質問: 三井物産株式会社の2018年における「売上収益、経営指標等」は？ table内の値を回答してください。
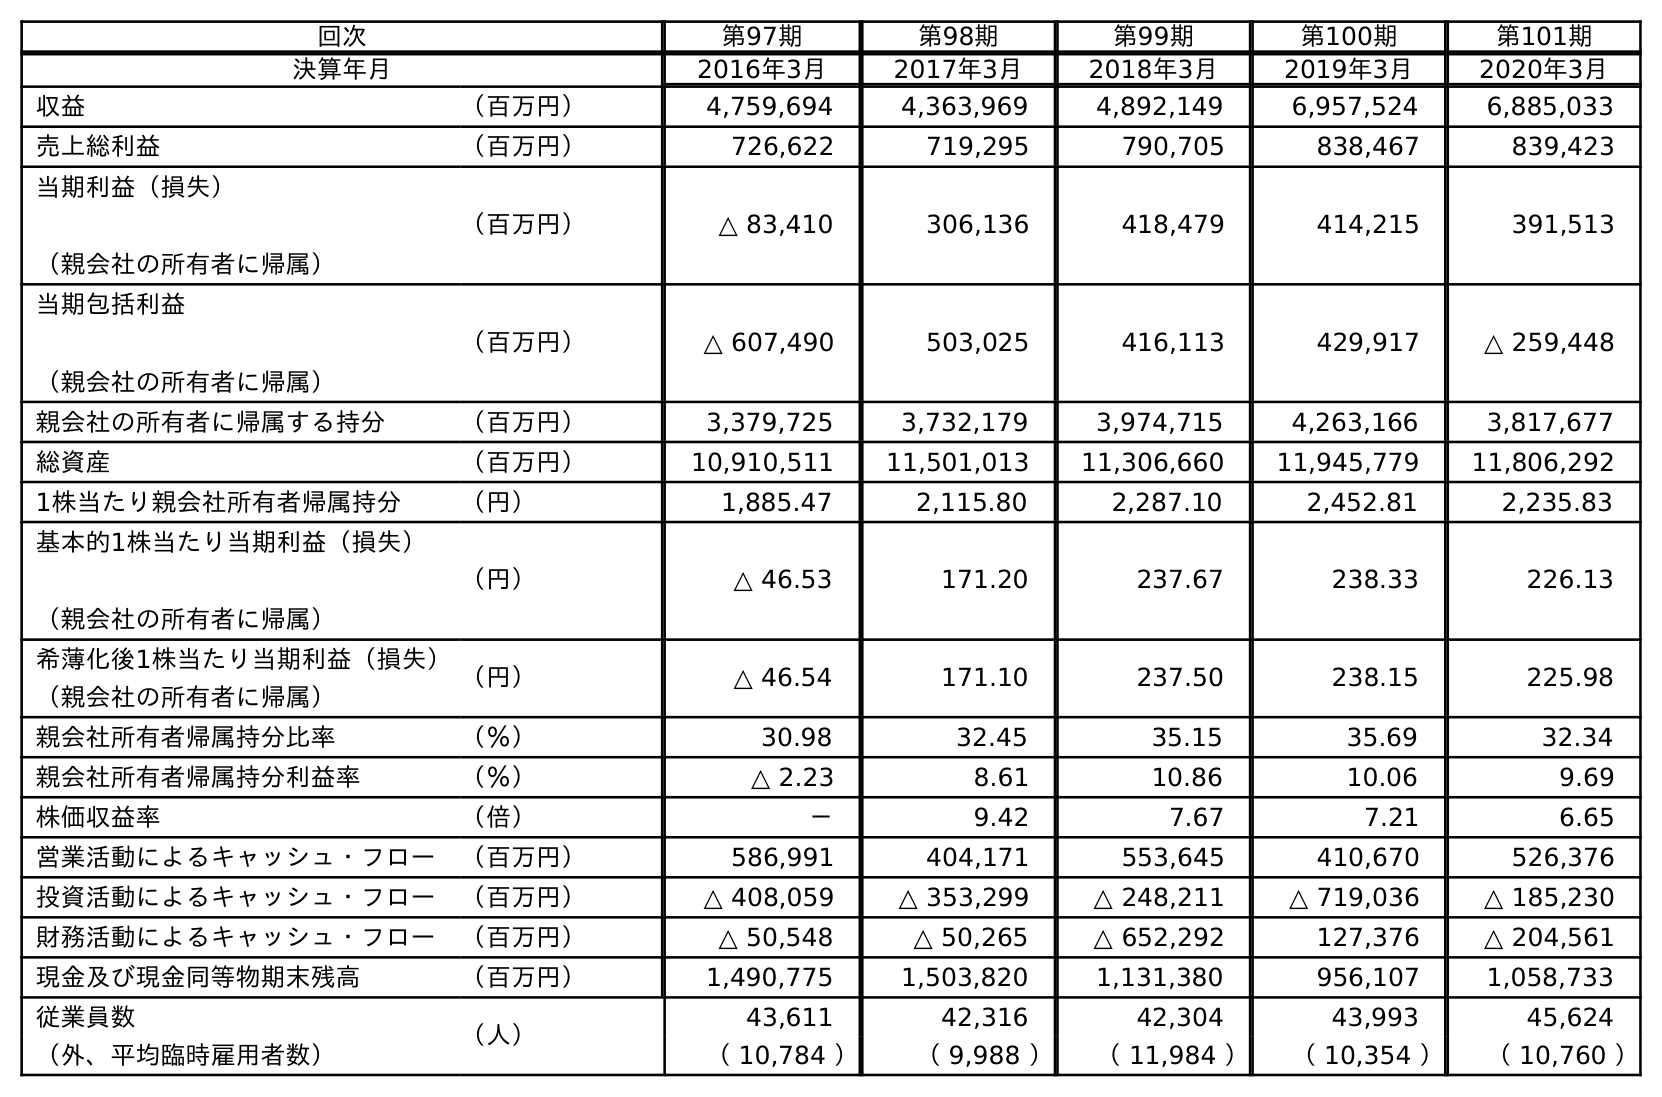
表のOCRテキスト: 回次 第97期 第98期 第99期 第100期 第101期 決算年月 2016年3月 2017年3月 2018年3月 2019年3月 2020年3月 収益 （百万円） 4,759,694 4,363,969 4,892,149 6,957,524 6,885,033 売上総利益 （百万円） 726,622 719,295 790,705 838,467 839,423 当期利益（損失） （親会社の所有者に帰属） （百万円） △ 83,410 306,136 418,479 414,215 391,513 当期包括利益 （親会社の所有者に帰属） （百万円） △ 607,490 503,025 416,113 429,917 △ 259,448 親会社の所有者に帰属する持分 （百万円） 3,379,725 3,732,179 3,974,715 4,263,166 3,817,677 総資産 （百万円） 10,910,511 11,501,013 11,306,660 11,945,779 11,806,292 1株当たり親会社所有者帰属持分 （円） 1,885.47 2,115.80 2,287.10 2,452.81 2,235.83 基本的1株当たり当期利益（損失） （親会社の所有者に帰属） （円） △ 46.53 171.20 237.67 238.33 226.13 希薄化後1株当たり当期利益（損失） （親会社の所有者に帰属） （円） △ 46.54 171.10 237.50 238.15 225.98 親会社所有者帰属持分比率 （％） 30.98 32.45 35.15 35.69 32.34 親会社所有者帰属持分利益率 （％） △ 2.23 8.61 10.86 10.06 9.69 株価収益率 （倍） － 9.42 7.67 7.21 6.65 営業活動によるキャッシュ・フロー （百万円） 586,991 404,171 553,645 410,670 526,376 投資活動によるキャッシュ・フロー （百万円） △ 408,059 △ 353,299 △ 248,211 △ 719,036 △ 185,230 財務活動によるキャッシュ・フロー （百万円） △ 50,548 △ 50,265 △ 652,292 127,376 △ 204,561 現金及び現金同等物期末残高 （百万円） 1,490,775 1,503,820 1,131,380 956,107 1,058,733 従業員数 （人） 43,611 42,316 42,304 43,993 45,624 （外、平均臨時雇用者数） （ 10,784 ） （ 9,988 ） （ 11,984 ） （ 10,354 ） （ 10,760 ）
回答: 4,892,149